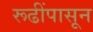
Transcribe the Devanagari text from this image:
रूढींपासून